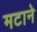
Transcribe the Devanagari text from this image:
मटाने